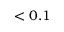
< 0 . 1